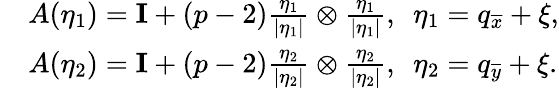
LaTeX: \begin{array}{rl}&{A(\eta_{1})=\textbf{I}+(p-2)\frac{\eta_{1}}{|\eta_{1}|}\otimes\frac{\eta_{1}}{|\eta_{1}|},\ \ \eta_{1}=q_{\overline{{x}}}+\xi,}\\ &{A(\eta_{2})=\textbf{I}+(p-2)\frac{\eta_{2}}{|\eta_{2}|}\otimes\frac{\eta_{2}}{|\eta_{2}|},\ \ \eta_{2}=q_{\overline{{y}}}+\xi.}\end{array}